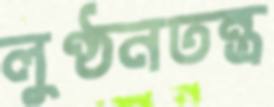
লুণ্ঠনতন্ত্র